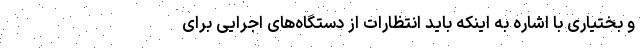
و بختیاری با اشاره به اینکه باید انتظارات از دستگاه‌های اجرایی برای